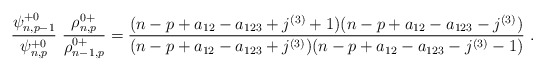
\begin{align*}\frac{ \psi^{+0}_{n,p-1}}{\psi^{+0}_{n,p}} \ \frac{\rho^{0+}_{n,p}}{\rho^{0+}_{n-1,p}}=\frac{(n-p+a_{12}-a_{123}+j^{(3)}+1)(n-p+a_{12}-a_{123}-j^{(3)})}{(n-p+a_{12}-a_{123}+j^{(3)})(n-p+a_{12}-a_{123}-j^{(3)}-1)}\ .\end{align*}